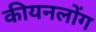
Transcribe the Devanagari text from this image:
कीयनलोंग